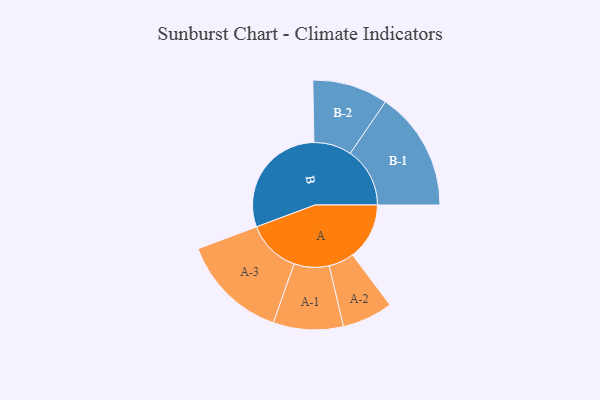
{"axis": {"x": "Segment", "y": "Value"}, "legend": ["", "A", "B"], "data": [{"x": "A", "y": 224, "type": ""}, {"x": "B", "y": 462, "type": ""}, {"x": "A-1", "y": 138, "type": "A"}, {"x": "A-2", "y": 100, "type": "A"}, {"x": "A-3", "y": 211, "type": "A"}, {"x": "B-1", "y": 235, "type": "B"}, {"x": "B-2", "y": 149, "type": "B"}]}